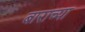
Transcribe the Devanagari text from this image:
बाराच्या